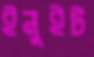
ইনুইট